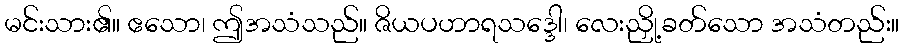
မင်းသား၏။ ဧသော၊ ဤအသံသည်။ ဇိယပဟာရသဒ္ဒေါ၊ လေးညှို့ခတ်သော အသံတည်း။